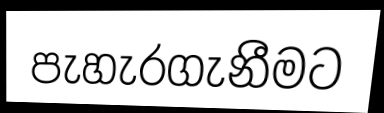
පැහැරගැනීමට